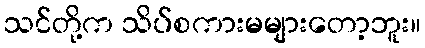
သင်တို့က သိပ်စကားမများတော့ဘူး။